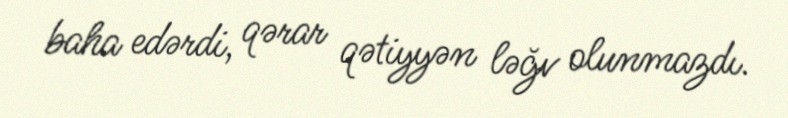
baha edərdi, qərar qətiyyən ləğv olunmazdı.